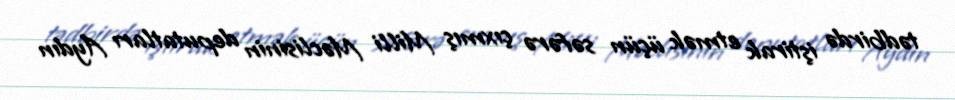
tədbirdə iştirak etmək üçün səfərə çıxmış Milli Məclisinin deputatları Aydın